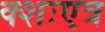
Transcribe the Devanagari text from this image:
क्शःएत्र